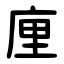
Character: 㢆